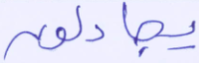
يجادلون